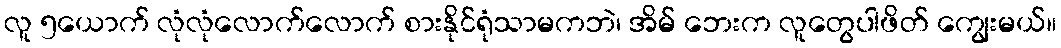
လူ ၅ယောက် လုံလုံလောက်လောက် စားနိုင်ရုံသာမကဘဲ၊ အိမ် ဘေးက လူတွေပါဖိတ် ကျွေးမယ်။